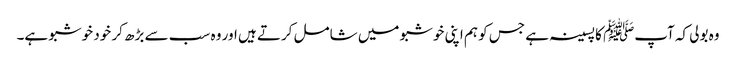
وہ بولی کہ آپﷺ کا پسینہ ہے جس کو ہم اپنی خوشبو میں شامل کرتے ہیں اور وہ سب سے بڑھ کر خود خوشبو ہے۔